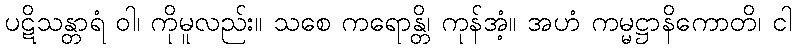
ပဋိသန္တာရံ ဝါ၊ ကိုမူလည်း။ သစေ ကရောန္တိ၊ ကုန်အံ့။ အဟံ ကမ္မဋ္ဌာနိကောတိ၊ ငါ